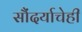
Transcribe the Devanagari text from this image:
सौंदर्याचेही